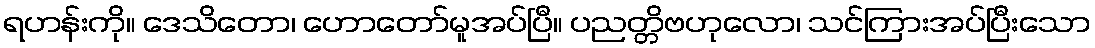
ရဟန်းကို။ ဒေသိတော၊ ဟောတော်မူအပ်ပြီ။ ပညတ္တိဗဟုလော၊ သင်ကြားအပ်ပြီးသော